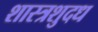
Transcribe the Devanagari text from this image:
शास्त्रशुदध